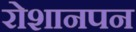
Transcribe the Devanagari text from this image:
रोशानपन